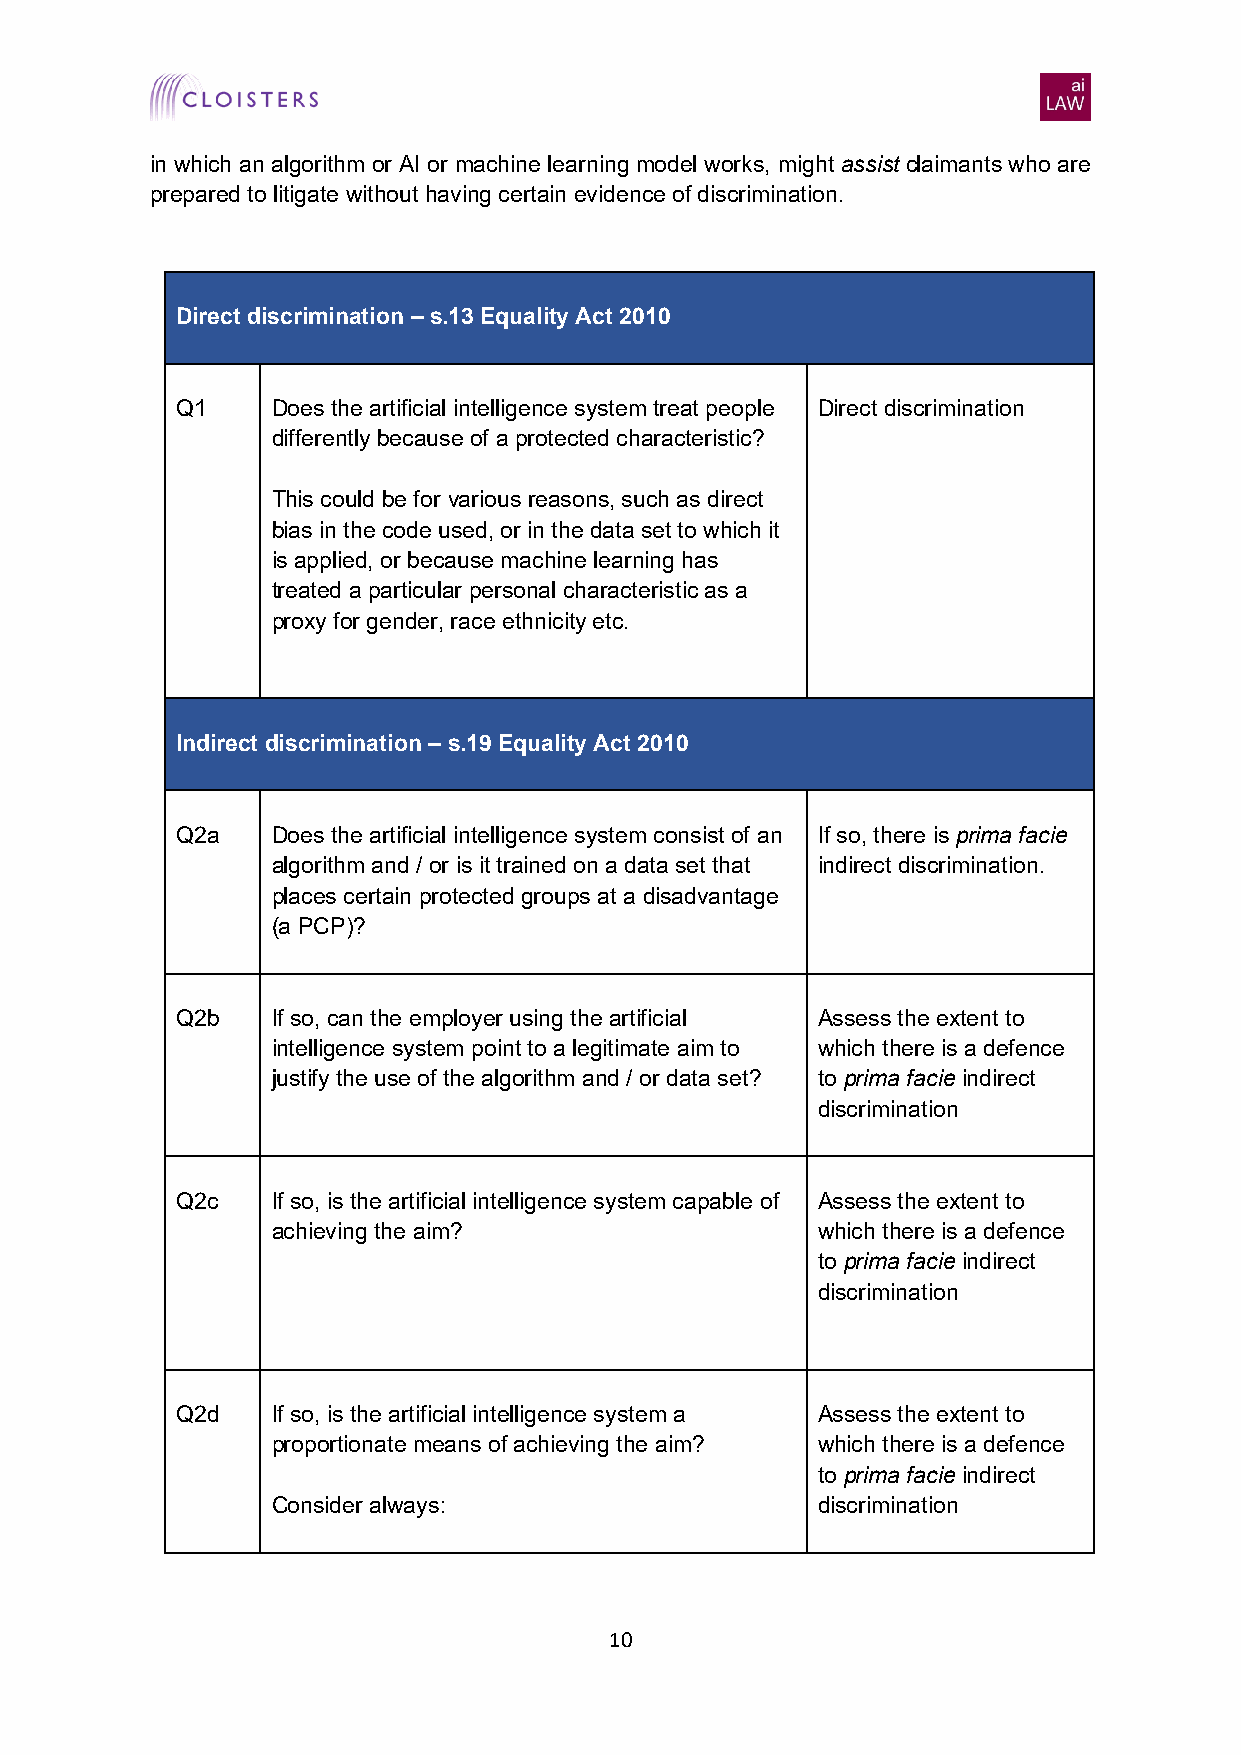
in which an algorithm or AI or machine learning model works, might assist claimants who are
 prepared to litigate without having certain evidence of discrimination.
 Direct discrimination – s.13 Equality Act 2010
 Q1    Does the artificial intelligence system treat people Direct discrimination
 differently because of a protected characteristic?
 This could be for various reasons, such as direct
 bias in the code used, or in the data set to which it
 is applied, or because machine learning has
 treated a particular personal characteristic as a
 proxy for gender, race ethnicity etc.
 Indirect discrimination – s.19 Equality Act 2010
 Q2a   Does the artificial intelligence system consist of an If so, there is prima facie
 algorithm and / or is it trained on a data set that indirect discrimination.
 places certain protected groups at a disadvantage
 (a PCP)?
 Q2b   If so, can the employer using the artificial Assess the extent to
 intelligence system point to a legitimate aim to which there is a defence
 justify the use of the algorithm and / or data set? to prima facie indirect
 discrimination
 Q2c   If so, is the artificial intelligence system capable of Assess the extent to
 achieving the aim?                  which there is a defence
 to prima facie indirect
 discrimination
 Q2d   If so, is the artificial intelligence system a Assess the extent to
 proportionate means of achieving the aim? which there is a defence
 to prima facie indirect
 Consider always:                    discrimination
 10